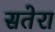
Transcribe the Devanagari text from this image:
सतेरा